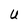
Character: U